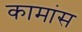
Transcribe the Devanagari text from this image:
कामांस